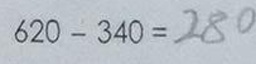
6 2 0 - 3 4 0 = 2 8 0